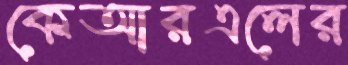
কেআরএলের